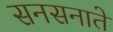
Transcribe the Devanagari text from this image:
सनसनाते